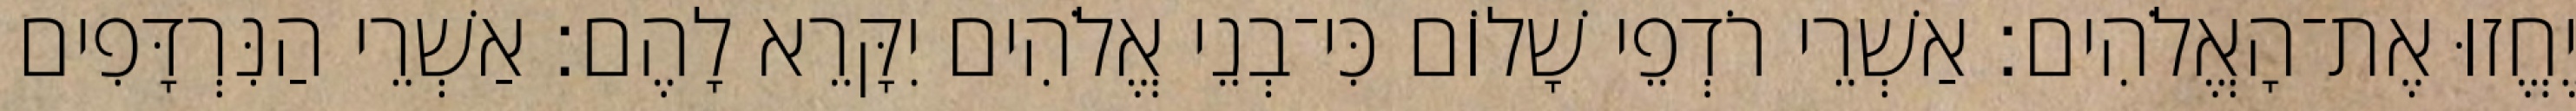
יֶחֱזוּ אֶת־הָאֱלֹהִים׃ אַשְׁרֵי רֹדְפֵי שָׁלוֹם כִּי־בְנֵי אֱלֹהִים יִקָּרֵא לָהֶם׃ אַשְׁרֵי הַנִּרְדָּפִים